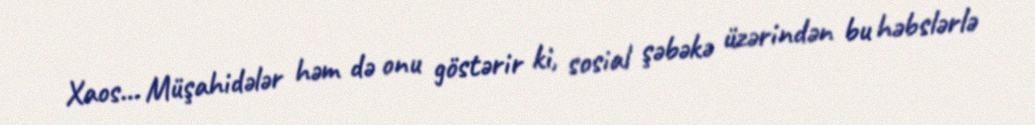
Xaos… Müşahidələr həm də onu göstərir ki, sosial şəbəkə üzərindən bu həbslərlə